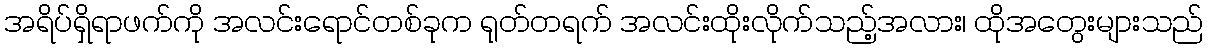
အရိပ်ရှိရာဖက်ကို အလင်းရောင်တစ်ခုက ရုတ်တရက် အလင်းထိုးလိုက်သည့်အလား၊ ထိုအတွေးများသည်